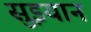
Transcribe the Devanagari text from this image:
सुइयान